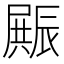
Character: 𮝿